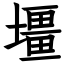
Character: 壃